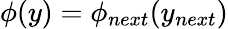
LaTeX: \phi(y)=\phi_{next}(y_{next})